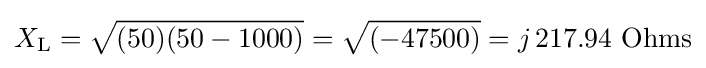
X_{\text{L}}={\sqrt {(50)(50-1000)}}={\sqrt {(-47500)}}=j\,217.94\ {\text{Ohms}}